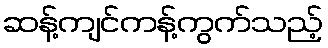
ဆန့်ကျင်ကန့်ကွက်သည့်